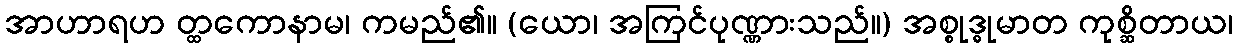
အာဟာရဟ တ္ထကောနာမ၊ ကမည်၏။ (ယော၊ အကြင်ပုဏ္ဏားသည်။) အစ္စုဒ္ဓုမာတ ကုစ္ဆိတာယ၊